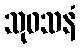
သုဝသနံ